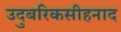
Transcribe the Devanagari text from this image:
उदुबरिकसीहनाद